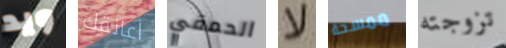
ويد أعانقك الحمقي لا ممسحة تزوجته